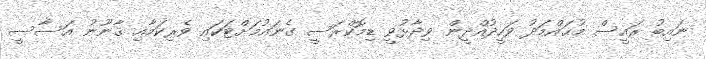
ނައިބު ރައީސް މުޙައްމަދު ވަހީދުއްދީން ވިދާޅުވީ ޑިމޮކްރަސީ ގެނައުމަށްޓަކައި ވެރިކަމާއި ޤާނޫނު އަސާސީ